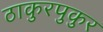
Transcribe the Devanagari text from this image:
ठाकुरपुकुर